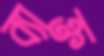
ব্যাক্ত